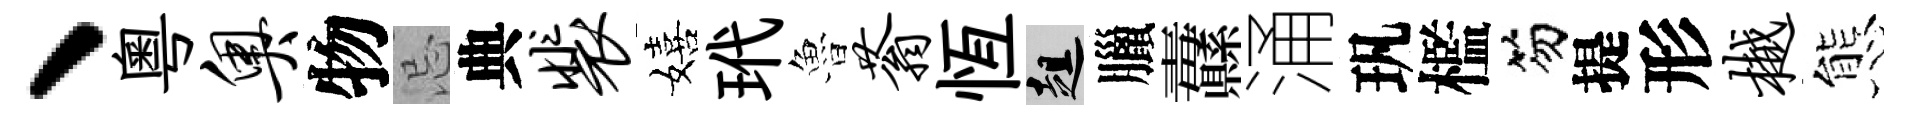
、粤奥物忌典裴嬉玳魯蓊恆趄臘纛涌㺬檻笏提形樾態